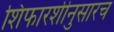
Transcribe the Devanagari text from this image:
शिफारशीनुसारच